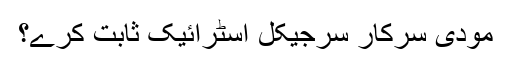
مودی سرکار سرجیکل اسٹرائیک ثابت کرے؟